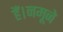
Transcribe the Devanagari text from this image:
हैं।नमूने